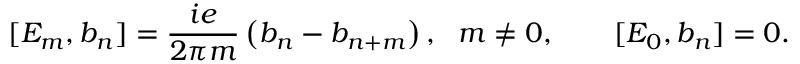
[ E _ { m } , b _ { n } ] = \frac { i e } { 2 \pi m } \left( b _ { n } - b _ { n + m } \right) , \ \ m \neq 0 , \qquad [ E _ { 0 } , b _ { n } ] = 0 .